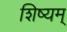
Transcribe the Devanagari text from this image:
शिष्यम्